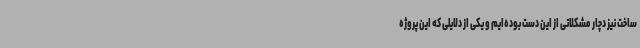
ساخت نیز دچار مشکلاتی از این دست بوده‌ایم و یکی از دلایلی که این پروژه